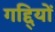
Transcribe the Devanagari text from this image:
गद्दि्यों